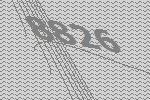
8826